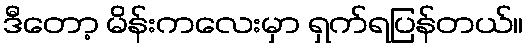
ဒီတော့ မိန်းကလေးမှာ ရှက်ရပြန်တယ်။